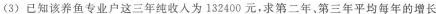
(3)已知该养鱼专业户这三年纯收入为132400元，求第二年，第三年平均每年的增长